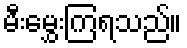
မီးမွှေးကြရသည်။